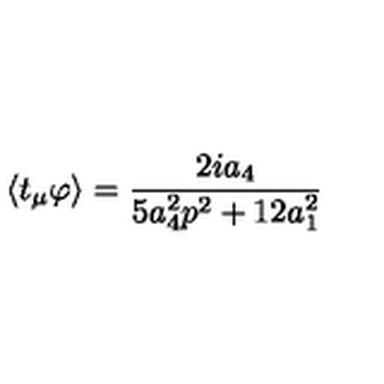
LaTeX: \left\langle t _ { \mu } \varphi \right\rangle = \frac { 2 i a _ { 4 } } { 5 a _ { 4 } ^ { 2 } p ^ { 2 } + 1 2 a _ { 1 } ^ { 2 } }